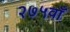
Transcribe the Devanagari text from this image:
२७५वाँ